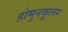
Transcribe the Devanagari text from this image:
होमुनकुलर